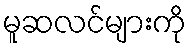
မူဆလင်များကို